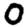
Digit: 0